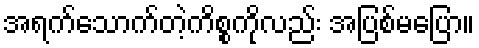
အရက်သောက်တဲ့ကိစ္စကိုလည်း အပြစ်မပြော။